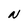
Character: N